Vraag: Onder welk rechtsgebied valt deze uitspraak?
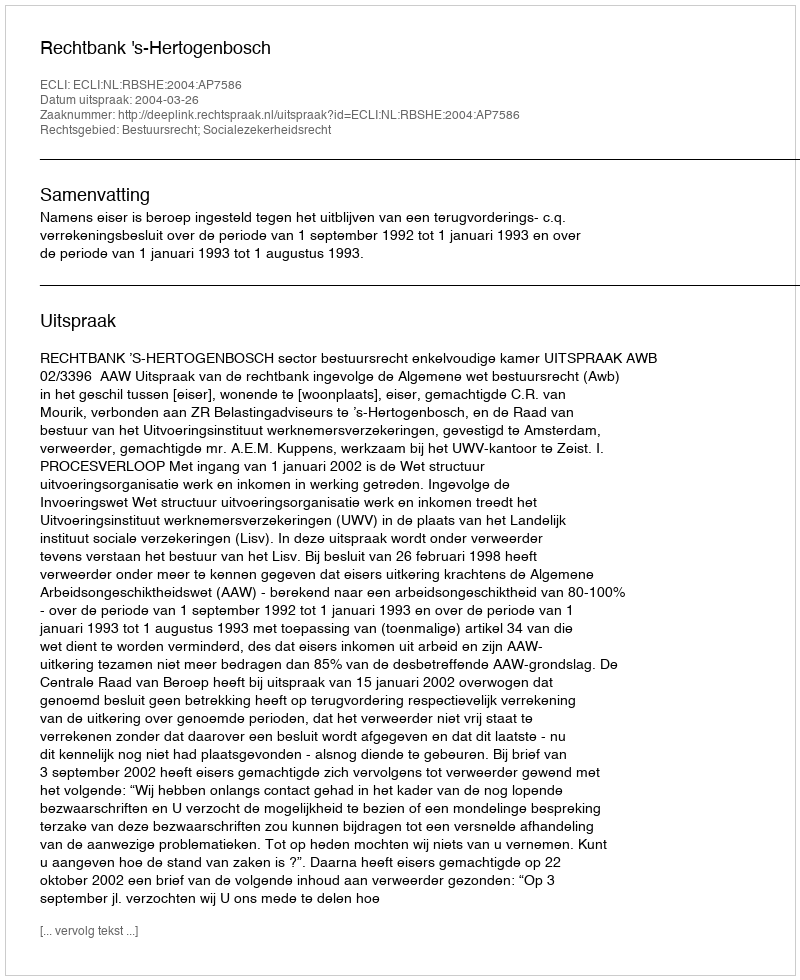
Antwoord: Bestuursrecht; Socialezekerheidsrecht